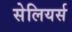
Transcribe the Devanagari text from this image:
सेलियर्स